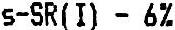
S-SR(I) - 6%